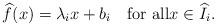
LaTeX: \begin{align*}\widehat{f}(x)=\lambda_i x+b_i\quad\textrm{for all}x\in {\widehat I}_i.\end{align*}